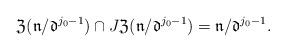
LaTeX: \begin{align*} \mathfrak{Z}(\mathfrak{n}/\mathfrak{d}^{j_0-1}) \cap J\mathfrak{Z}(\mathfrak{n}/ \mathfrak{d}^{j_0-1}) = \mathfrak{n}/\mathfrak{d}^{j_0-1}.\end{align*}